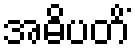
အဓိပတိံ